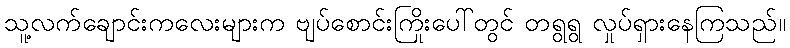
သူ့လက်ချောင်းကလေးများက ဗျပ်စောင်းကြိုးပေါ်တွင် တရွရွ လှုပ်ရှားနေကြသည်။